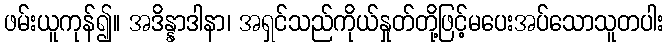
ဖမ်းယူကုန်၍။ အဒိန္နာဒါနာ၊ အရှင်သည်ကိုယ်နှုတ်တို့ဖြင့်မပေးအပ်သောသူတပါး